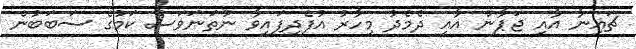
ޗައިނާ އާއި ޖަޕާން އާއި ދެމެދު މިހާރު އުފެދިފައިވާ ނުތަނަވަސް ކަމުގެ ސަބަބުން